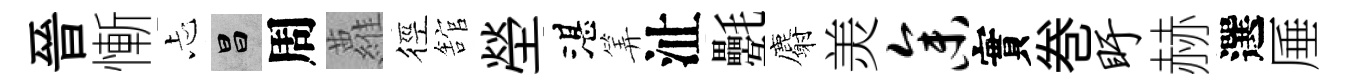
晉慚忐昌周蘿徑舘塋湛筭沚氎麝羙参實巻盱赫選厜